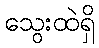
သွေးထဲရှိ